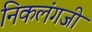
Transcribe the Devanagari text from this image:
निकलंगजी